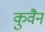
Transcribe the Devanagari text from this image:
कुवैन